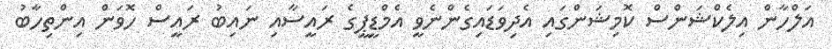
އަލްހާން އިލެކްޝަންސް ކޮމިޝަންގައި އެދިވަޑައިގެންނެވީ އެމްޑީޕީގެ ރައީސާއި ނައިބު ރައީސް ހޮވަން އިންތިހާބު